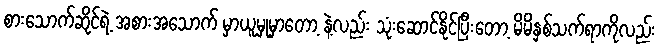
စားသောက်ဆိုင်ရဲ့ အစားအသောက် မှာယူမှုမှာတော့ နဲ့လည်း သုံးဆောင်နိုင်ပြီးတော့ မိမိနှစ်သက်ရာကိုလည်း